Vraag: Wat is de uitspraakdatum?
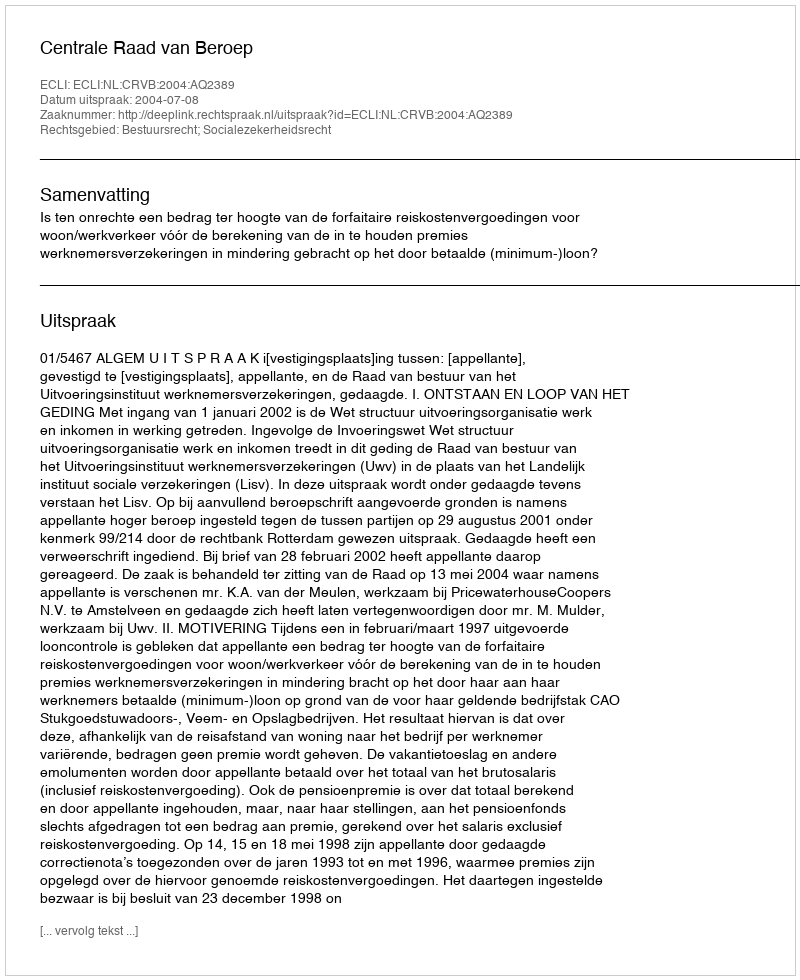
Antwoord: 2004-07-08